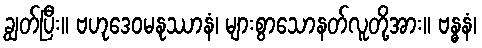
ချွတ်ပြီး။ ဗဟုဒေဝမနုဿာနံ၊ များစွာသောနတ်လူတို့အား။ ဗန္ဓနံ၊